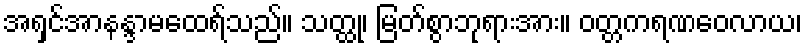
အရှင်အာနန္ဒာမထေရ်သည်။ သတ္ထု၊ မြတ်စွာဘုရားအား။ ဝတ္တကရဏဝေလာယ၊